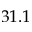
3 1 . 1